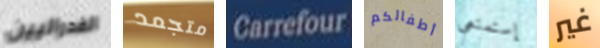
الفدراليين متجمد Carrefour أطفالكم إستمتعي غير